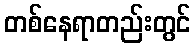
တစ်နေရာတည်းတွင်